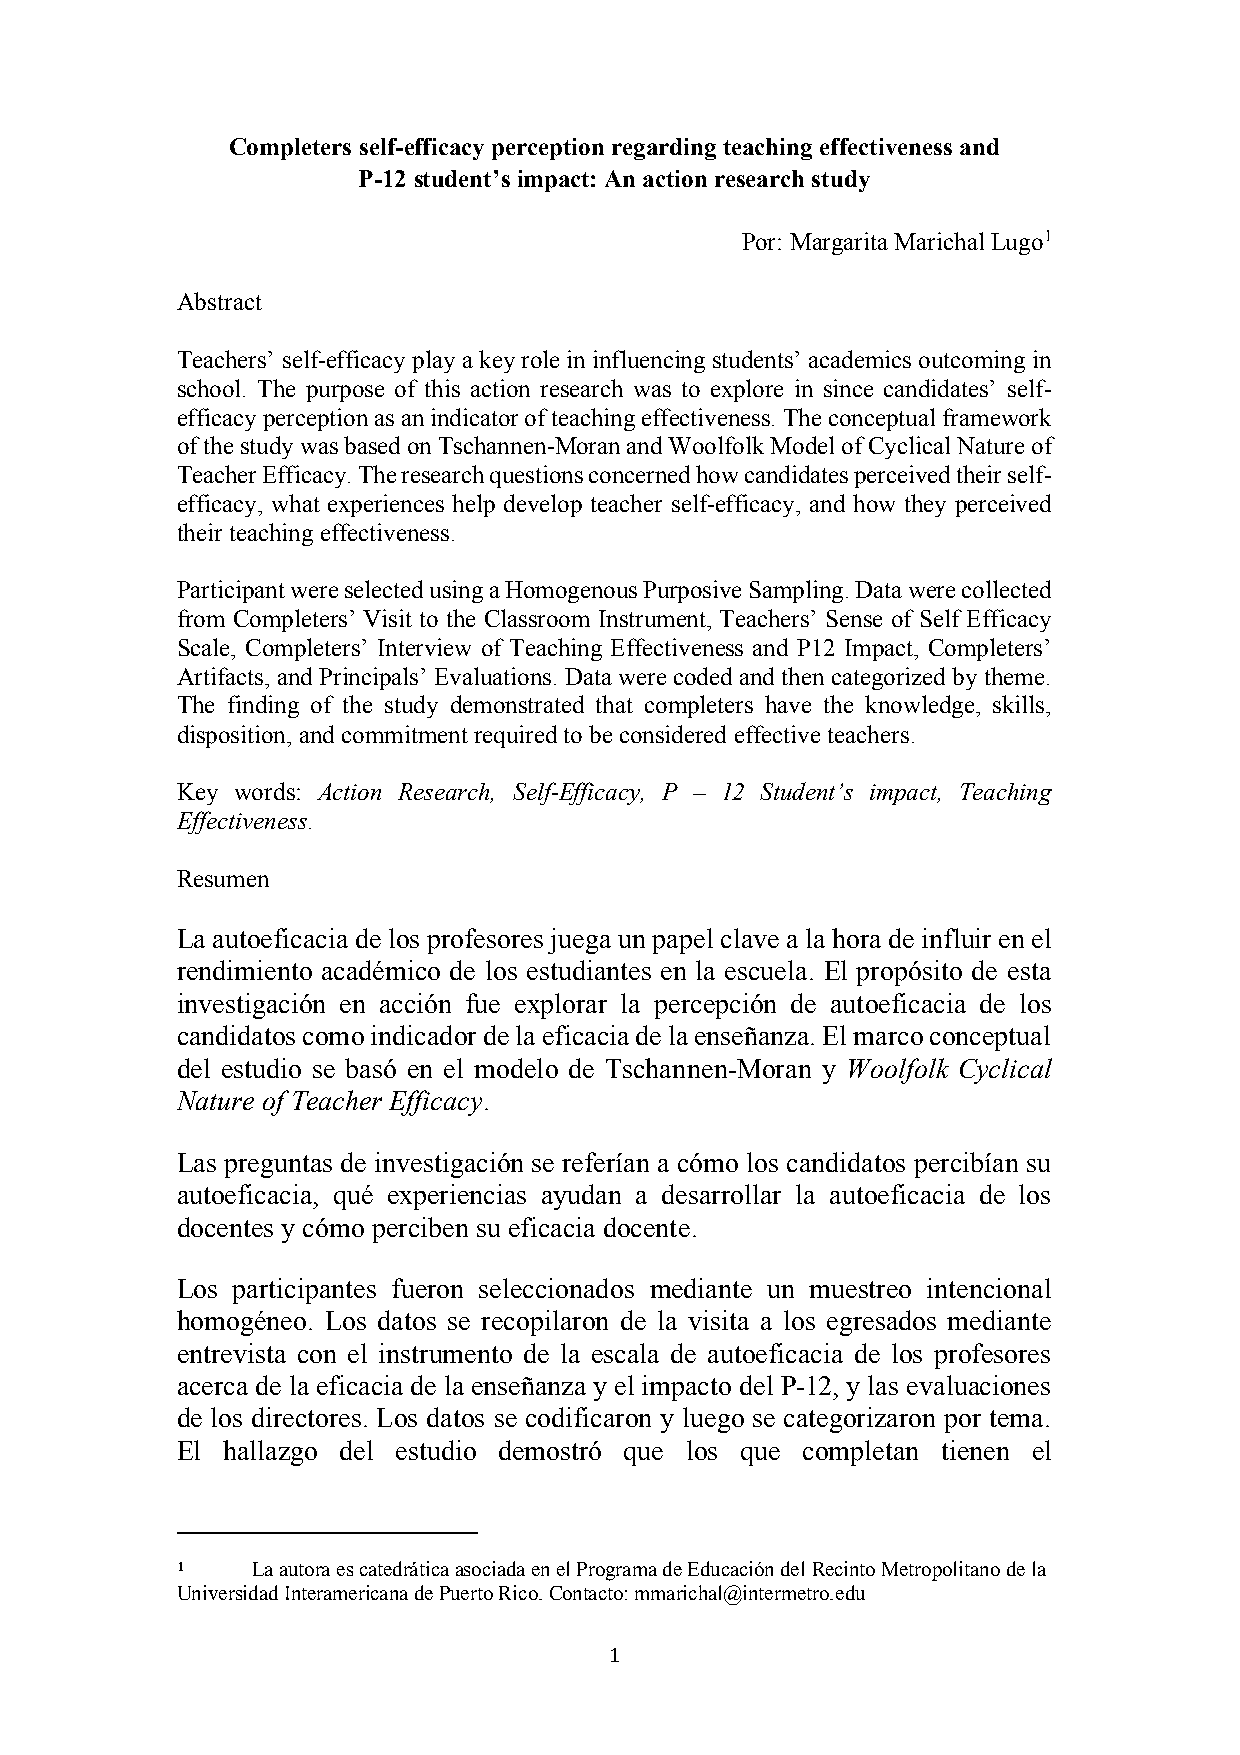
Completers self-efficacy perception regarding teaching effectiveness and
 P-12 student’s impact: An action research study
 Por: Margarita Marichal Lugo1
 Abstract
 Teachers’ self-efficacy play a key role in influencing students’ academics outcoming in
 school. The purpose of this action research was to explore in since candidates’ self-
 efficacy perception as an indicator of teaching effectiveness. The conceptual framework
 of the study was based on Tschannen-Moran and Woolfolk Model of Cyclical Nature of
 Teacher Efficacy. The research questions concerned how candidates perceived their self-
 efficacy, what experiences help develop teacher self-efficacy, and how they perceived
 their teaching effectiveness.
 Participant were selected using a Homogenous Purposive Sampling. Data were collected
 from Completers’ Visit to the Classroom Instrument, Teachers’ Sense of Self Efficacy
 Scale, Completers’ Interview of Teaching Effectiveness and P12 Impact, Completers’
 Artifacts, and Principals’ Evaluations. Data were coded and then categorized by theme.
 The finding of the study demonstrated that completers have the knowledge, skills,
 disposition, and commitment required to be considered effective teachers.
 Key words: Action Research, Self-Efficacy, P – 12 Student’s impact, Teaching
 Effectiveness.
 Resumen
 La autoeficacia de los profesores juega un papel clave a la hora de influir en el
 rendimiento académico de los estudiantes en la escuela. El propósito de esta
 investigación en acción fue explorar la percepción de autoeficacia de los
 candidatos como indicador de la eficacia de la enseñanza. El marco conceptual
 del estudio se basó en el modelo de Tschannen-Moran y Woolfolk Cyclical
 Nature of Teacher Efficacy.
 Las preguntas de investigación se referían a cómo los candidatos percibían su
 autoeficacia, qué experiencias ayudan a desarrollar la autoeficacia de los
 docentes y cómo perciben su eficacia docente.
 Los participantes fueron seleccionados mediante un muestreo intencional
 homogéneo. Los datos se recopilaron de la visita a los egresados mediante
 entrevista con el instrumento de la escala de autoeficacia de los profesores
 acerca de la eficacia de la enseñanza y el impacto del P-12, y las evaluaciones
 de los directores. Los datos se codificaron y luego se categorizaron por tema.
 El hallazgo del estudio demostró que los que completan tienen el
 1    La autora es catedrática asociada en el Programa de Educación del Recinto Metropolitano de la
 Universidad Interamericana de Puerto Rico. Contacto: mmarichal@intermetro.edu
 1